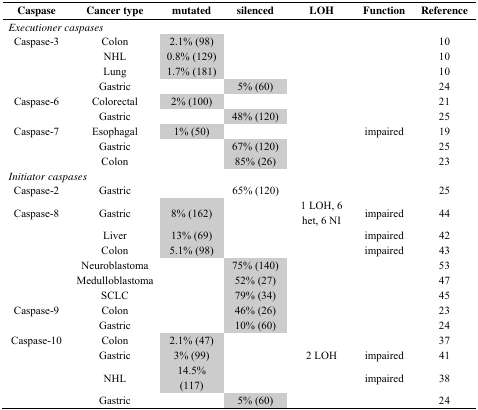
| Caspase | Cancer type | mutated | silenced | LOH | Function | Reference |
 | --- | --- | --- | --- | --- | --- | --- |
 | <COLSPAN=7> Executioner caspases |
 | Caspase-3 | Colon | 2.1% (98) |  |  |  | 10 |
 |  | NHL | 0.8% (129) |  |  |  | 10 |
 |  | Lung | 1.7% (181) |  |  |  | 10 |
 |  | Gastric |  | 5% (60) |  |  | 24 |
 | Caspase-6 | Colorectal | 2% (100) |  |  |  | 21 |
 |  | Gastric |  | 48% (120) |  |  | 25 |
 | Caspase-7 | Esophagal | 1% (50) |  |  | impaired | 19 |
 |  | Gastric |  | 67% (120) |  |  | 25 |
 |  | Colon |  | 85% (26) |  |  | 23 |
 | <COLSPAN=7> Initiator caspases |
 | Caspase-2 | Gastric |  | 65% (120) |  |  | 25 |
 | Caspase-8 | Gastric | 8% (162) |  | 1 LOH, 6 het, 6 NI | impaired | 44 |
 |  | Liver | 13% (69) |  |  | impaired | 42 |
 |  | Colon | 5.1% (98) |  |  | impaired | 43 |
 |  | Neuroblastoma |  | 75% (140) |  |  | 53 |
 |  | Medulloblastoma |  | 52% (27) |  |  | 47 |
 |  | SCLC |  | 79% (34) |  |  | 45 |
 | Caspase-9 | Colon |  | 46% (26) |  |  | 23 |
 |  | Gastric |  | 10% (60) |  |  | 24 |
 | Caspase-10 | Colon | 2.1% (47) |  |  |  | 37 |
 |  | Gastric | 3% (99) |  | 2 LOH | impaired | 41 |
 |  | NHL | 14.5% (117) |  |  | impaired | 38 |
 |  | Gastric |  | 5% (60) |  |  | 24 |